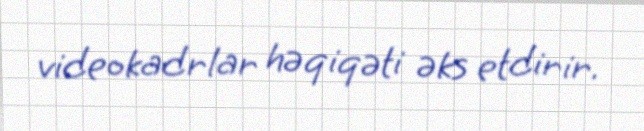
videokadrlar həqiqəti əks etdirir.